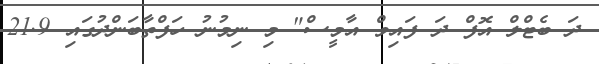
ދަ ބެޓްލް އޮފް ދަ ފައިވް އާމީސް" މި ނިމުނު ހަފްތާބަންދުގައި 21.9